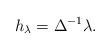
LaTeX: \begin{gather*}h_\lambda=\Delta^{-1} \lambda.\end{gather*}